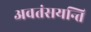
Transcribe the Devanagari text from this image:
अवतंसयन्ति